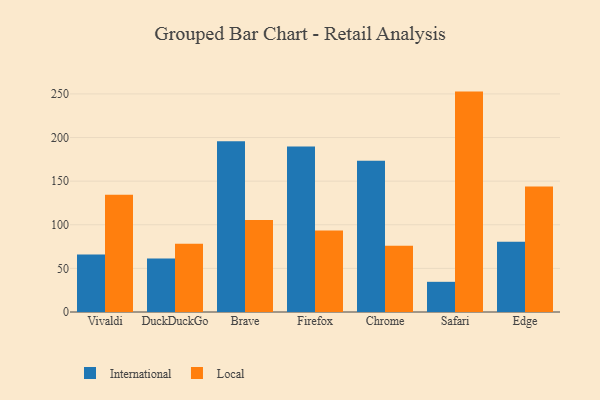
{"axis": {"x": "Browser", "y": "Churn Rate (%)"}, "legend": ["International", "Local"], "data": [{"x": "Vivaldi", "y": 65.9, "type": "International"}, {"x": "Vivaldi", "y": 134.4, "type": "Local"}, {"x": "DuckDuckGo", "y": 61.3, "type": "International"}, {"x": "DuckDuckGo", "y": 78.2, "type": "Local"}, {"x": "Brave", "y": 195.8, "type": "International"}, {"x": "Brave", "y": 105.6, "type": "Local"}, {"x": "Firefox", "y": 189.8, "type": "International"}, {"x": "Firefox", "y": 93.4, "type": "Local"}, {"x": "Chrome", "y": 173.5, "type": "International"}, {"x": "Chrome", "y": 76.0, "type": "Local"}, {"x": "Safari", "y": 34.6, "type": "International"}, {"x": "Safari", "y": 252.7, "type": "Local"}, {"x": "Edge", "y": 80.5, "type": "International"}, {"x": "Edge", "y": 143.9, "type": "Local"}]}